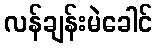
လန်ချန်းမဲခေါင်